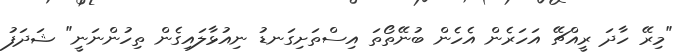
"މިރޭ ހާދަ ރީއްޗޭ އަހަރެން އެހެން ބުނޭތޯތަ އިސްތަށިގަނޑު ނިއުޅާލައިގެން ތިހުންނަނީ" ޝަދަފު